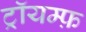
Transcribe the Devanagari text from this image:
ट्रॉयम्फ़